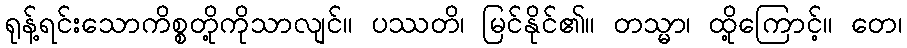
ရုန့်ရင်းသောကိစ္စတို့ကိုသာလျင်။ ပဿတိ၊ မြင်နိုင်၏။ တသ္မာ၊ ထို့ကြောင့်။ တေ၊